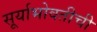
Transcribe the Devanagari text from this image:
सूर्याभोवतीची